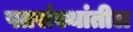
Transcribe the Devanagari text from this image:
पतसंस्थांतील